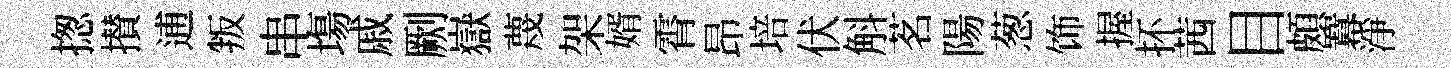
揔攅逋叛串塲戚劂嶽蔑架婿霄昂培伏斛茗陽葱饰握抔茜目頗羃淨